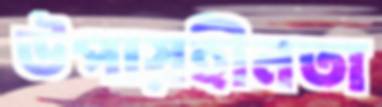
উপায়হীনতা